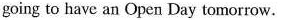
going to have an Open Day tomorrow.